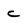
Character: c